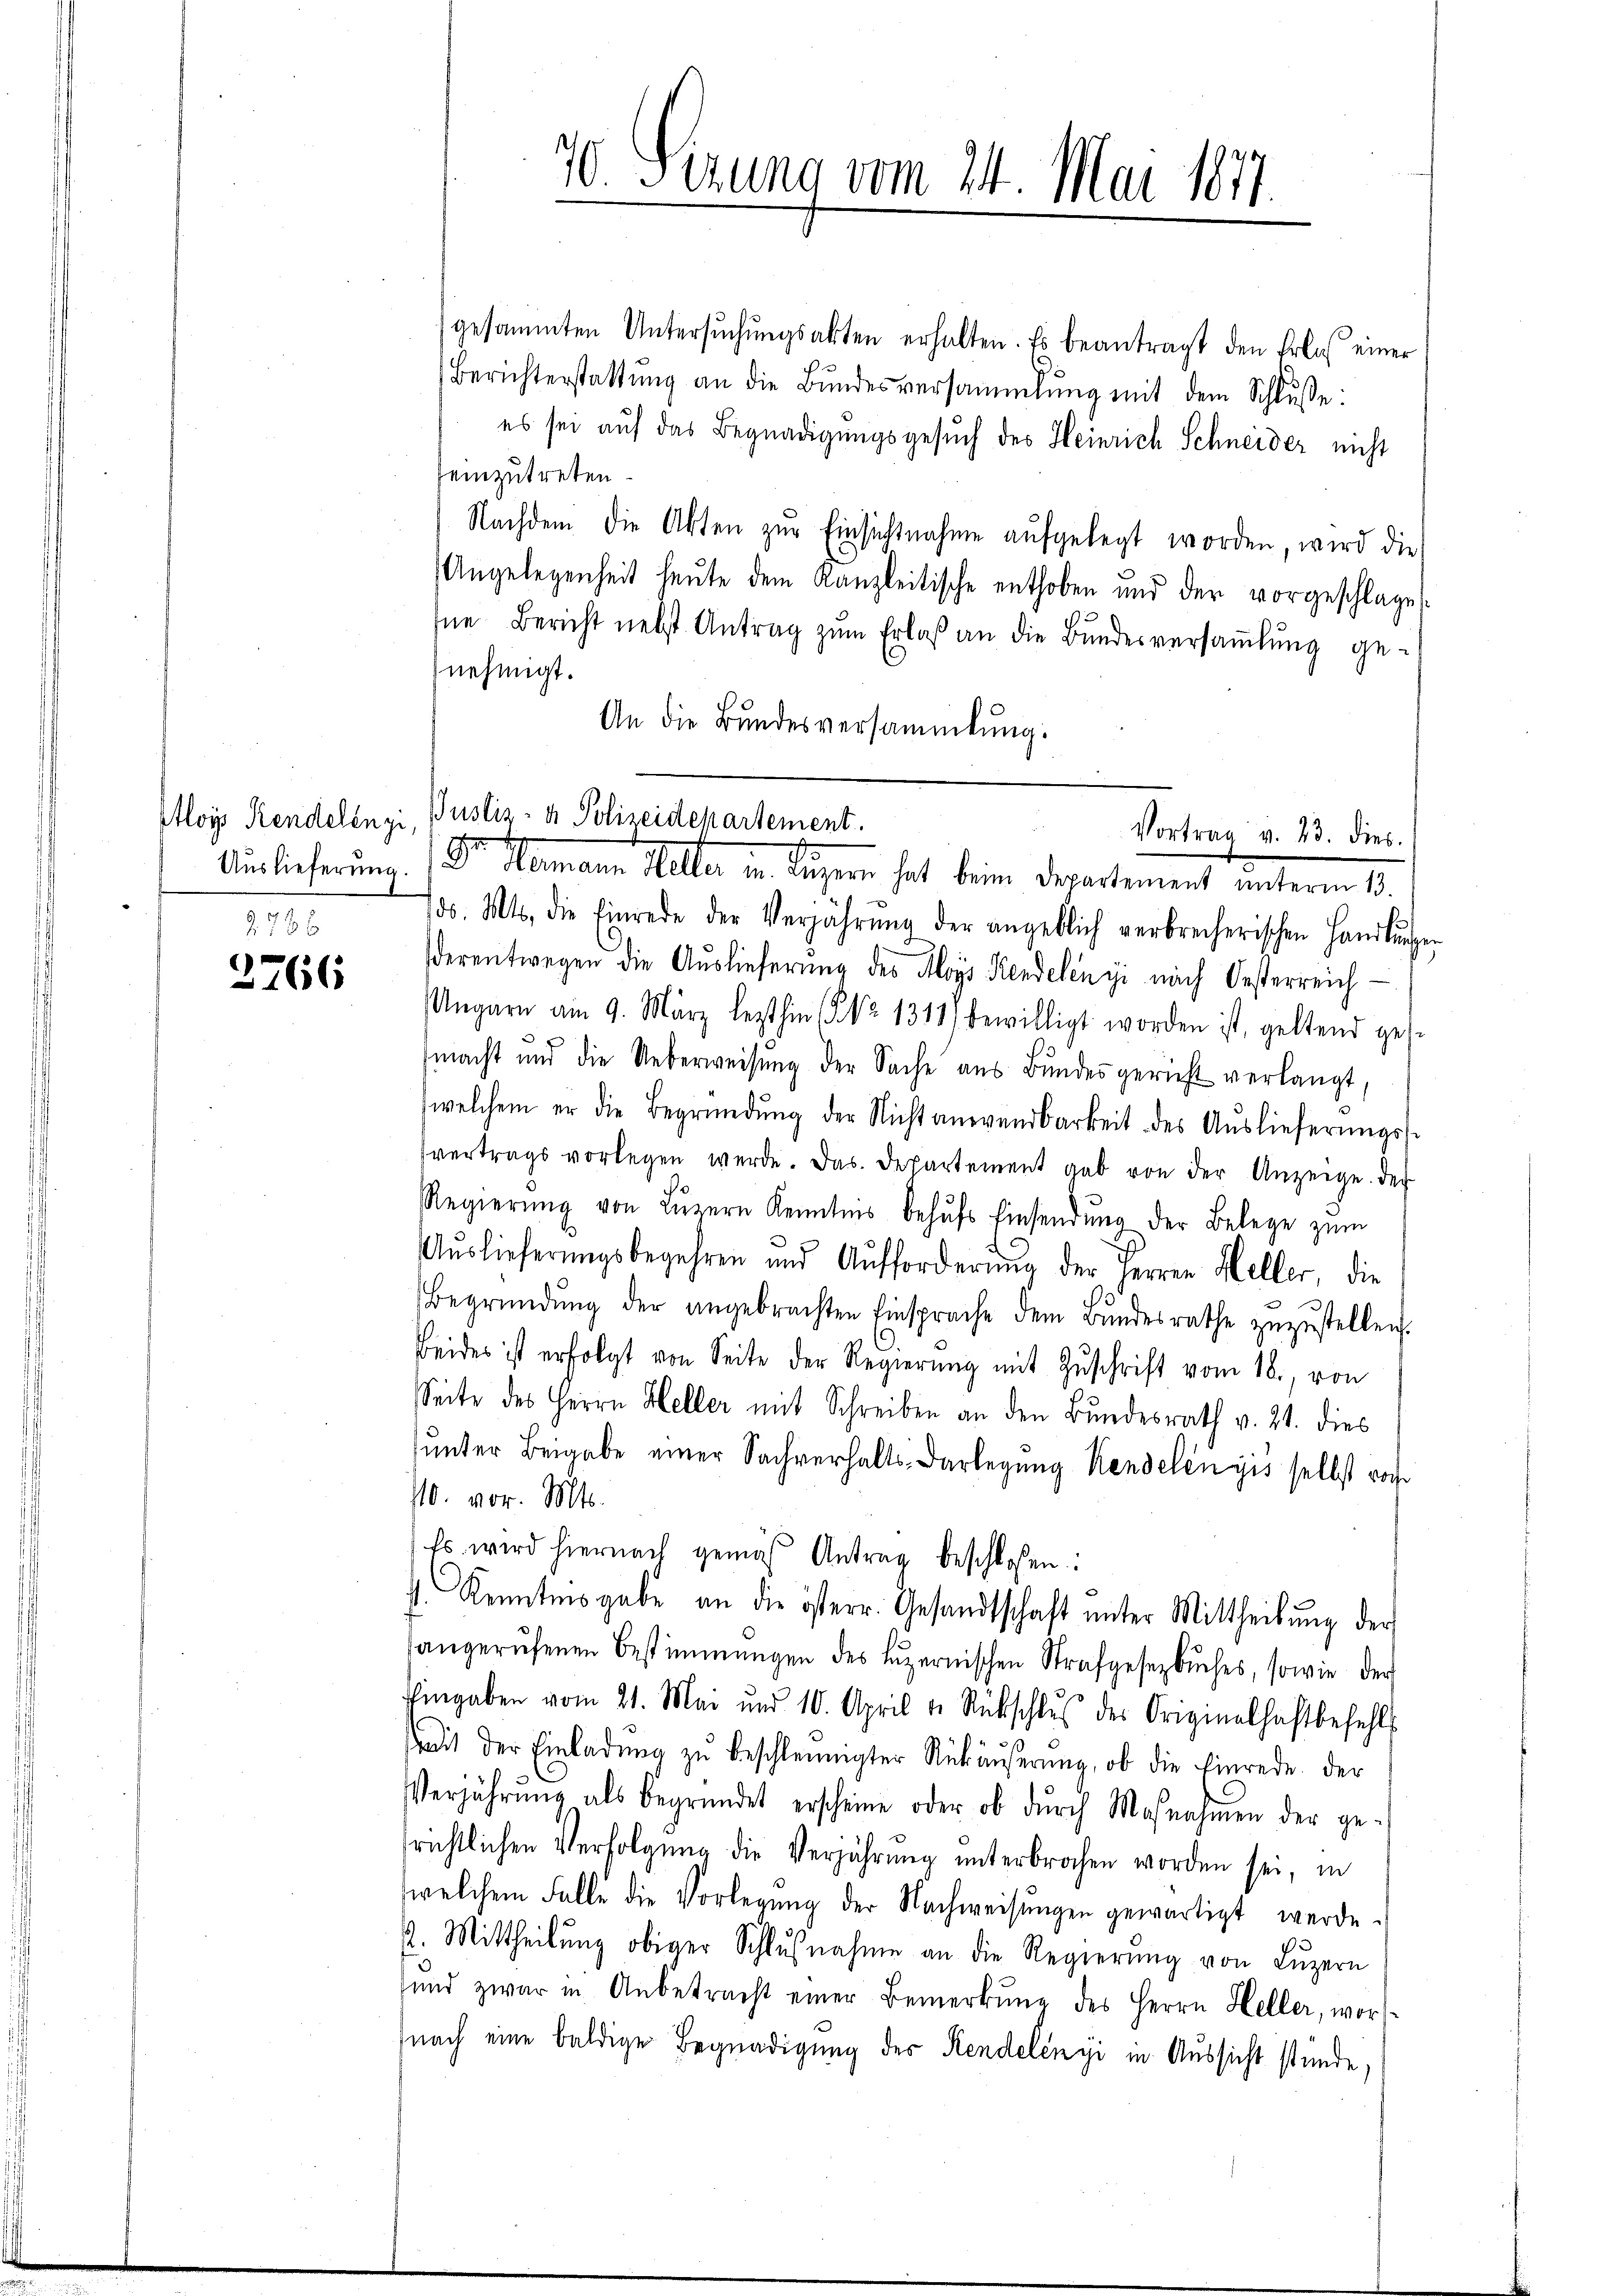
Aloys Rendelengi
1

3766

70. Serung vom 24. Mai 1877.

gesammten Untersuchungsakten erhalten. Es beantragt den Erlaß einer
Berichterstattŭng an die Bundesversammlung mit dem Schlusse:
es sei auf das Begnadigungsgesuch des Heinrich Schneider nicht
einzutreten.
Nachdem die Akten zur Einsichtnahme aufgelegt worden, wird die
Angelegenheit heute dem Kanzleitische enthoben und der vorgeschlage
Ine Bericht nebst Antrag zŭm Erlaβ an die Bŭndesversaṁlŭng ge-
nehmigt.
An die Bundesversammlung.
d. Mts. die Einrede der Verjährŭng der angeblich verbrecherischen Handlŭngen
derentwegen die Auslieferung des Aloys Kendelenyi nach Oesterreich
Ungarn am 9. März lezthin (No 1317) bewilligt worden ist, geltend ges
macht und die Ueberweisŭng der Sache aus Bŭndesgericht verlangt,
welchem er die Begründŭng der Nichtanwendbarkeit des Aŭslieferŭngss
vertrags vorlegen werde. Das Departement gab von der Anzeige. Der
Regierŭng von Lŭzern Kenntnis behŭfs Einsendŭng der Belege zŭm
Aŭslieferungsbegehren und Aufforderŭng der Herren Heller, die
Begründŭng der angebrachten Einsprache dem Bŭndesrathe zŭzŭstellen.
Beides ist erfolgt von Seite der Regierŭng mit Zŭschrift vom 18. von
Seite des Herrn Heller mit Schreiben an den Bundesrath v. 21. dies
unter Beigabe einer Sachverhalts-Darlegung Kenselenyis selbst von
10. vor. Mts.
Es wird hiernach gemäβ Antrag beschloßen:
4. Kenntnisgabe an die österr. Gesandtschaft ŭnter Mittheilŭng der
sangerufenen Bestimmungen des Luzernischen Strafgesetzbuches, sowie der
Eingaben vom 21. Mai und 10. April v. Rückschlŭs des Originelhaftbefehls
ait der Einladŭng zŭ beschleunigter Rükäŭserŭng, ob die Einrede der
Verjährŭng als begründet erscheine oder ob dŭrch Maßnahmen der ge-
richtlichen Verfolgŭng die Verjährŭng ŭnterbrochen worden sei, in
welchem Falle die Vorlegŭng der Nachweisŭngen gewärtigt werde.
4. Mittheilŭng obiger Schlŭβnahme an die Regierŭng von Lŭzern
ŭnd zwar in Anbetracht einer Bemerkŭng des Herrn Heller, wor
nach eine baldige Begnadigung der Rendelényi in Aussicht stünde,

Pustiz- & Polizeidepartement.
Vortrag v. 23. dies
Auslieferung. Dr. Hermann Helter in Luzern hat beim Departement unterm 13.